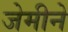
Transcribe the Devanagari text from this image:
जेमीने